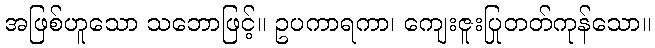
အဖြစ်ဟူသော သဘောဖြင့်။ ဥပကာရကာ၊ ကျေးဇူးပြုတတ်ကုန်သော။